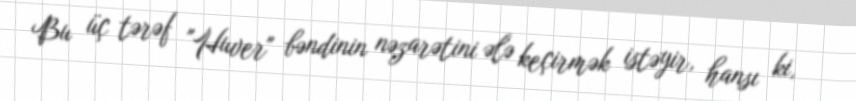
Bu üç tərəf "Huver" bəndinin nəzarətini ələ keçirmək istəyir, hansı ki,